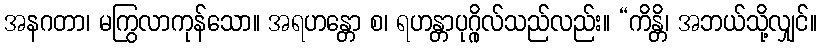
အနဂတာ၊ မကြွလာကုန်သော။ အရဟန္တော စ၊ ရဟန္တာပုဂ္ဂိုလ်သည်လည်း။ “ကိန္တိ၊ အဘယ်သို့လျှင်။